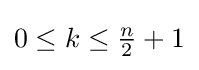
{\textstyle 0\leq k\leq {\frac {n}{2}}+1}